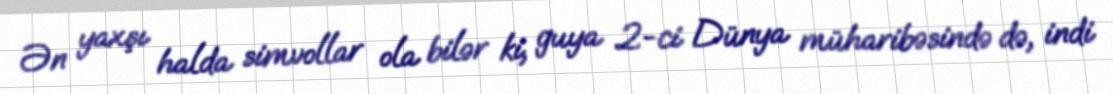
Ən yaxşı halda simvollar ola bilər ki, guya 2-ci Dünya müharibəsində də, indi